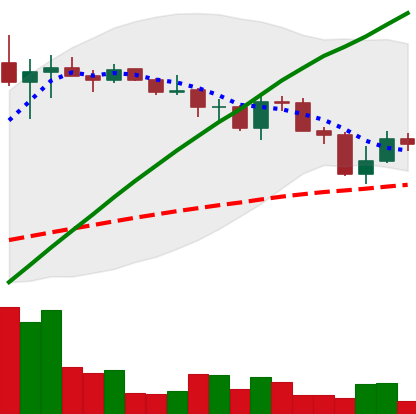
Ticker: LINK-USD
Chart end date: 2019-07-19
Forward return: -7.799%
Label: down_7plus